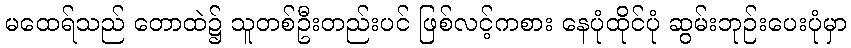
မထေရ်သည် တောထဲ၌ သူတစ်ဦးတည်းပင် ဖြစ်လင့်ကစား နေပုံထိုင်ပုံ ဆွမ်းဘုဉ်းပေးပုံမှာ